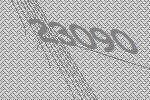
23090